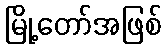
မြို့တော်အဖြစ်